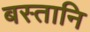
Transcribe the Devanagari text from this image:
बस्तानि